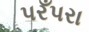
પરઁપરા